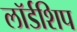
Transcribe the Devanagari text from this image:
लॉर्डशिप